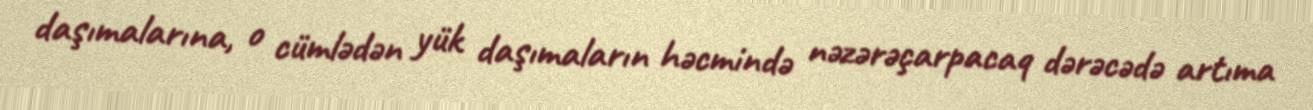
daşımalarına, o cümlədən yük daşımaların həcmində nəzərəçarpacaq dərəcədə artıma